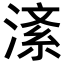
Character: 𪶸